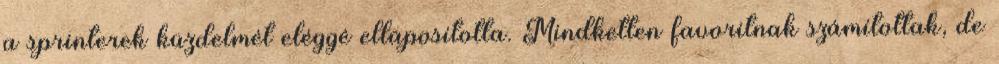
a sprinterek küzdelmét eléggé ellaposította. Mindketten favoritnak számítottak, de